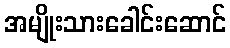
အမျိုးသားခေါင်းဆောင်